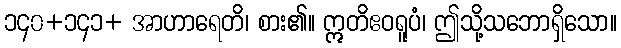
၁၄၀+၁၄၁+ အာဟာရေတိ၊ စား၏။ ဣတိဧဝရူပံ၊ ဤသို့သဘောရှိသော။